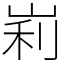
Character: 峲